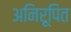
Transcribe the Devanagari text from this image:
अनिरूपित